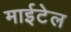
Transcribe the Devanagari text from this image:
माईटेल